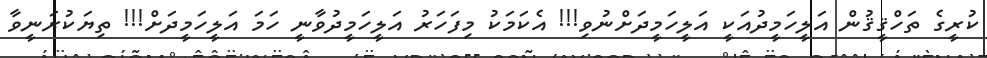
ކުރީގެ ތަހްޤީޤުން އަލީހަމީދުއަކީ އަލީހަމީދަށްނުވި!!! އެކަމަކު މިފަހަރު އަލީހަމީދުވާނީ ހަމަ އަލީހަމީދަށް!!! ތިޔަކުރަނީވާ